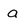
Character: a